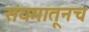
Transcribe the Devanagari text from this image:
संयमातूनच